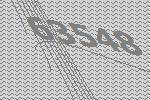
63548